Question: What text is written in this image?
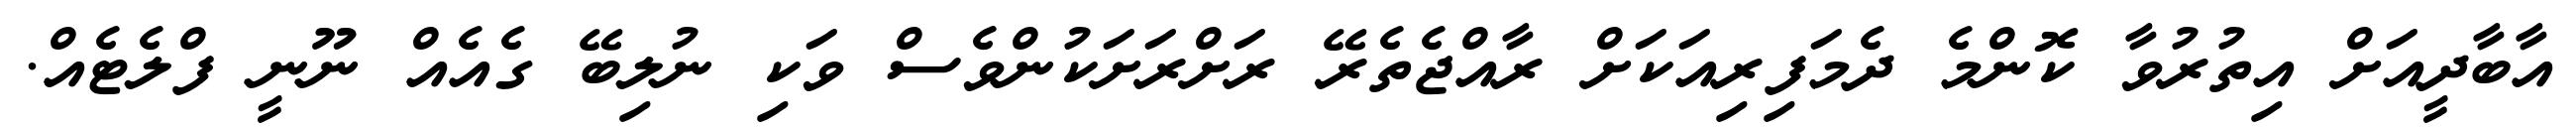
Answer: އާބާދީއަށް އިތުރުވާ ކޮންމެ ދެމަފިރިއަކަށް ރާއްޖެތެރޭ ރަށްރަށަކުންވެސް ވަކި ނުލިބޭ ގެއެއް ނޫނީ ފްލެޓެއް.